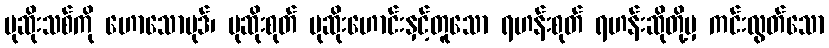
မုဆိုးသစ်ကို ဟောသောပုဒ်၊ ပုဆိုးစုတ် ပုဆိုးဟောင်းနှင့်တူသော ရဟန်းစုတ် ရဟန်းဆိုတို့မှ ကင်းလွတ်သော